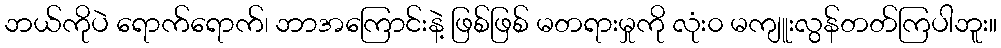
ဘယ်ကိုပဲ ရောက်ရောက်၊ ဘာအကြောင်းနဲ့ ဖြစ်ဖြစ် မတရားမှုကို လုံး၀ မကျူးလွန်တတ်ကြပါဘူး။